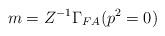
LaTeX: \begin{align*}m = Z^{-1} \Gamma _{FA} (p^2 = 0)\end{align*}